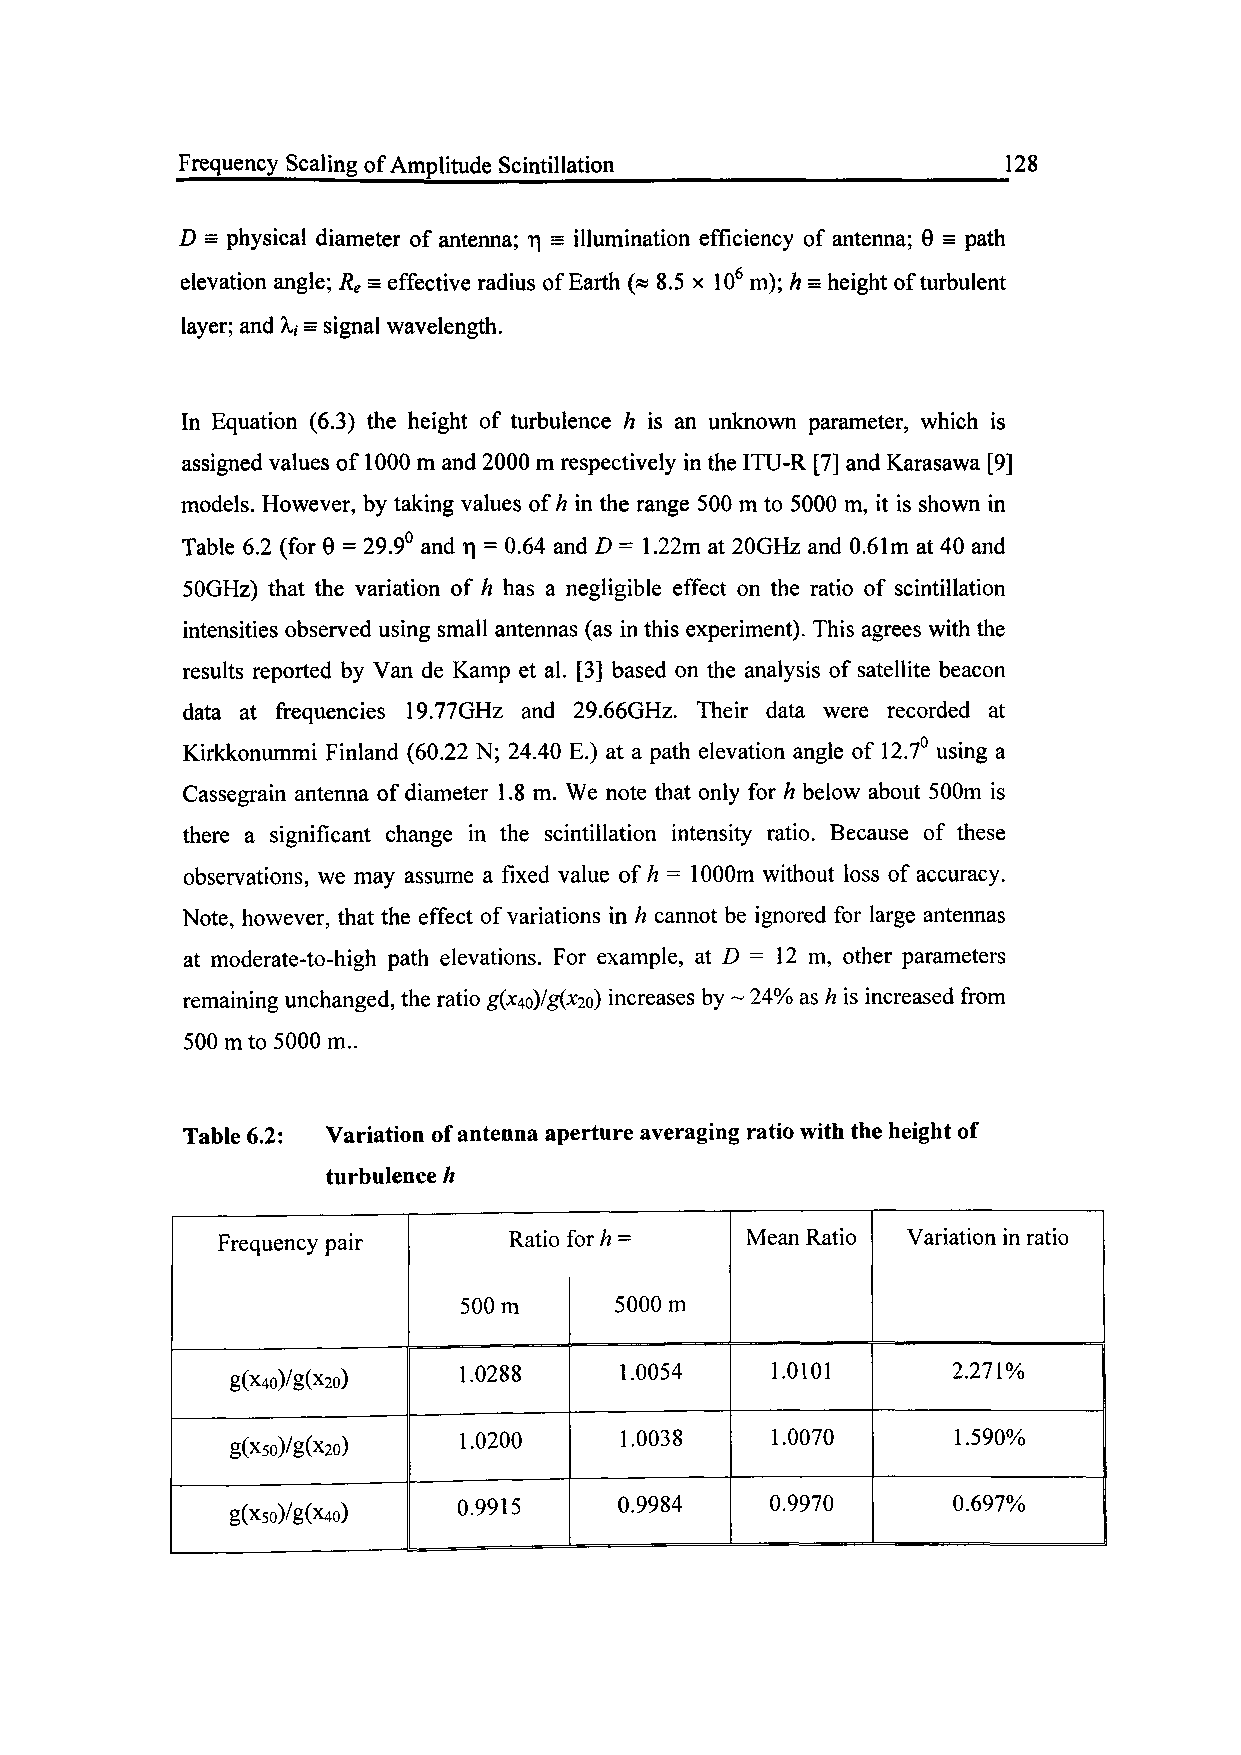
Frequency Scaling of Amplitude Scintillation           128
 D = physical diameter of antenna; r| = illumination efficiency of antenna; 0 = path
 elevation angle; Re = effective radius of Earth (« 8.5 x 106 m); h = height of turbulent
 layer; and A,, s signal wavelength.
 In Equation (6.3) the height of turbulence h is an unknown parameter, which is
 assigned values of 1000 m and 2000 m respectively in the ITU-R [7] and Karasawa [9]
 models. However, by taking values of h in the range 500 m to 5000 m, it is shown in
 Table 6.2 (for 9 = 29.9° and r| = 0.64 and D = 1.22m at 20GHz and 0.61m at 40 and
 50GHz) that the variation of h has a negligible effect on the ratio of scintillation
 intensities observed using small antennas (as in this experiment). This agrees with the
 results reported by Van de Kamp et al. [3] based on the analysis of satellite beacon
 data at frequencies 19.77GHz and 29.66GHz. Their data were recorded at
 Kirkkonummi Finland (60.22 N; 24.40 E.) at a path elevation angle of 12.7° using a
 Cassegrain antenna of diameter 1.8 m. We note that only for h below about 500m is
 there a significant change in the scintillation intensity ratio. Because of these
 observations, we may assume a fixed value of h = 1000m without loss of accuracy.
 Note, however, that the effect of variations in h cannot be ignored for large antennas
 at moderate-to-high path elevations. For example, at D = 12 m, other parameters
 remaining unchanged, the ratio g(*4o>'g(*2o) increases by ~ 24% as h is increased from
 500 m to 5000 m..
 Table 6.2: Variation of antenna aperture averaging ratio with the height of
 turbulence h
 Frequency pair      Ratio 1f or/? = Mean Ratio Variation in ratio
 500m       5000m
 1.0288     1.0054    1.0101      2.271%
 g(x4o)/g(x2o)
 1.0200     1.0038    1.0070      1.590%
 g(X5o)/g(*2o)
 0.9915     0.9984    0.9970      0.697%
 g(x5o)/g(X4o)